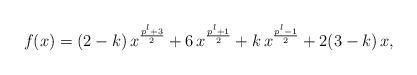
LaTeX: \begin{align*}f(x)=(2-k)\,x^{\frac{p^l+3}{2}}+6\,x^{\frac{p^l+1}{2}}+k\,x^{\frac{p^l-1}{2}}+2(3-k)\,x,\end{align*}